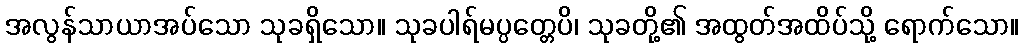
အလွန်သာယာအပ်သော သုခရှိသော။ သုခပါရ်မပ္ပတ္တေပိ၊ သုခတို့၏ အထွတ်အထိပ်သို့ ရောက်သော။